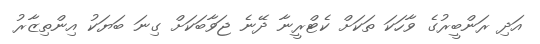
އަދި ރަންބީރުގެ ވާހަކަ ތަކަށް ކެޓްރީނާ ދޭނެ ޖަވާބަކަށް ގިނަ ބަޔަކު އިންތިޒާރު